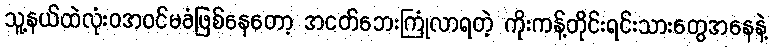
သူ့နယ်ထဲလုံးဝအ၀င်မခံဖြစ်နေတော့ အငတ်ဘေးကြုံလာရတဲ့ ကိုးကန့်တိုင်းရင်းသားတွေအနေနဲ့